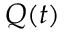
Q ( t )